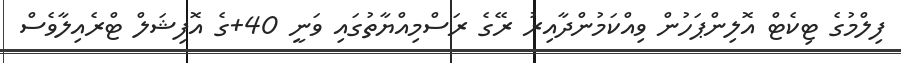
ފިލްމުގެ ޓިކެޓް އޮލިންޕަހުން ވިއްކަމުންދާއިރު ރޭގެ ރަސްމިއްޔާތުގައި ވަނީ 40+ގެ އޮފިޝަލް ޓްރެއިލާވެސް